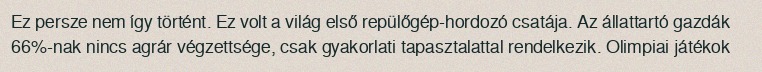
Ez persze nem így történt. Ez volt a világ első repülőgép-hordozó csatája. Az állattartó gazdák 66%-nak nincs agrár végzettsége, csak gyakorlati tapasztalattal rendelkezik. Olimpiai játékok